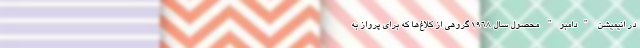
در انیمیشن "دامبو" محصول سال 1968 گروهی از کلاغ‌ها که برای پرواز به